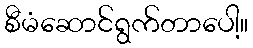
စီမံဆောင်ရွက်တာပေါ့။